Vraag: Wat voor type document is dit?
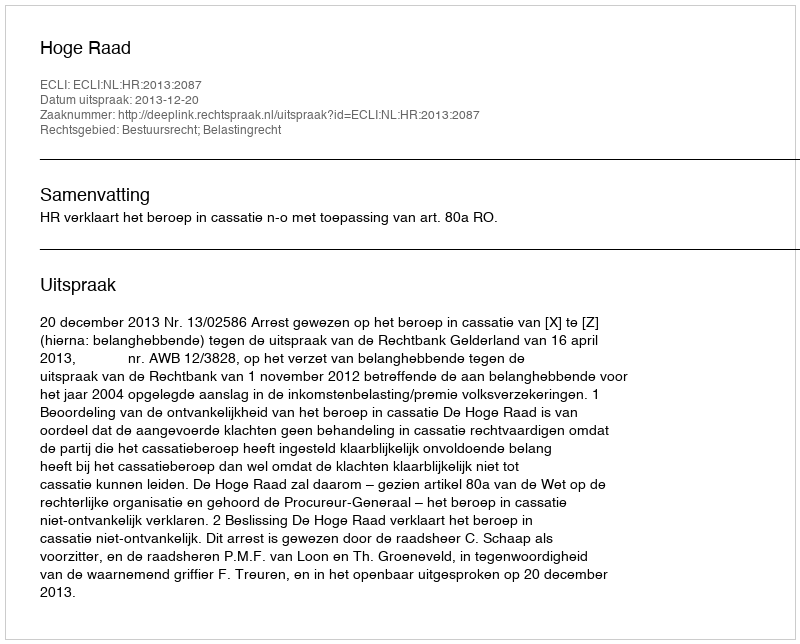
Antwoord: Uitspraak